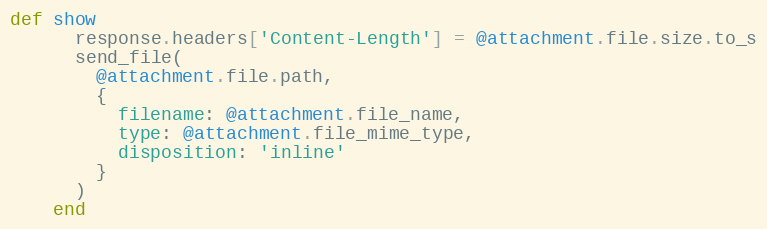
Language: Ruby
def show
      response.headers['Content-Length'] = @attachment.file.size.to_s
      send_file(
        @attachment.file.path,
        {
          filename: @attachment.file_name,
          type: @attachment.file_mime_type,
          disposition: 'inline'
        }
      )
    end